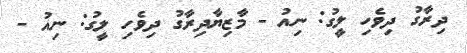
ދިރާގު ދިވެހި ލީގު: ނިއު - މާޒިޔާދިރާގު ދިވެހި ލީގު: ނިއު -